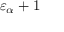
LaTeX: \varepsilon _ { \alpha } + 1